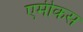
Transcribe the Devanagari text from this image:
एमीकस